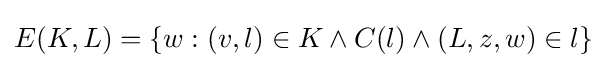
E(K,L)=\{w:(v,l)\in K\land C(l)\land (L,z,w)\in l\}